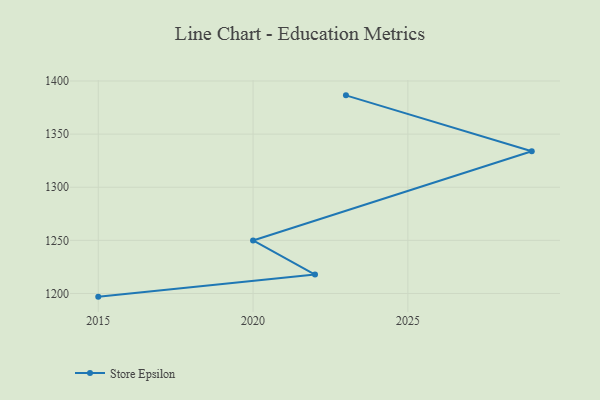
{"axis": {"x": "Year", "y": "Bounce Rate (%)"}, "legend": ["Store Epsilon"], "data": [{"x": "2023", "y": 1386.5, "type": "Store Epsilon"}, {"x": "2029", "y": 1333.9, "type": "Store Epsilon"}, {"x": "2020", "y": 1249.9, "type": "Store Epsilon"}, {"x": "2022", "y": 1217.8, "type": "Store Epsilon"}, {"x": "2015", "y": 1197.0, "type": "Store Epsilon"}]}